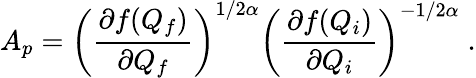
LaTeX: A_{p}=\left(\frac{\partial f(Q_{f})}{\partial Q_{f}}\right)^{1/2\alpha}\left(\frac{\partial f(Q_{i})}{\partial Q_{i}}\right)^{-1/2\alpha}\; .